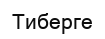
Тиберге